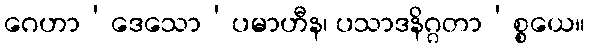
ဂေဟာ’ဒေသော’ပမာဟီန၊ ပသာဒနိဂ္ဂတာ’စ္စယေ။